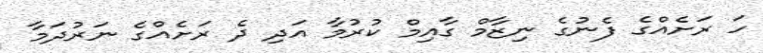
ހަ ރަށެއްގެ ފެނުގެ ނިޒާމް ގާއިމް ކުރުމާ އަދި ދެ ރަށެއްގެ ނަރުދަމާ